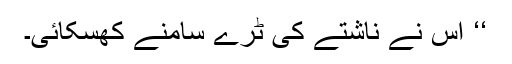
‘‘ اس نے ناشتے کی ٹرے سامنے کھسکائی۔